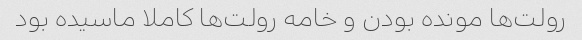
رولت‌ها مونده بودن و خامه رولت‌ها کاملا ماسیده بود